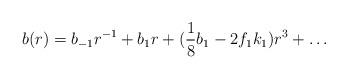
LaTeX: \begin{align*}b(r)=b_{-1}r^{-1}+b_1 r + (\frac{1}{8} b_1 - 2 f_1 k_1 ) r^3 +\ldots\end{align*}